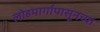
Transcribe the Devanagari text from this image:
लोहमार्गापासूनच्या